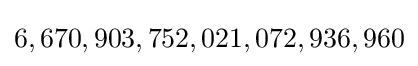
6,670,903,752,021,072,936,960